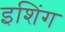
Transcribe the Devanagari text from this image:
इशिंग